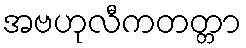
အဗဟုလီကတတ္တာ